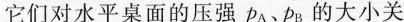
它们对水平桌面的压强p_{A}、P_{B}的大小关